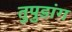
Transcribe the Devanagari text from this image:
तुपुडांग